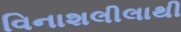
વિનાશલીલાથી